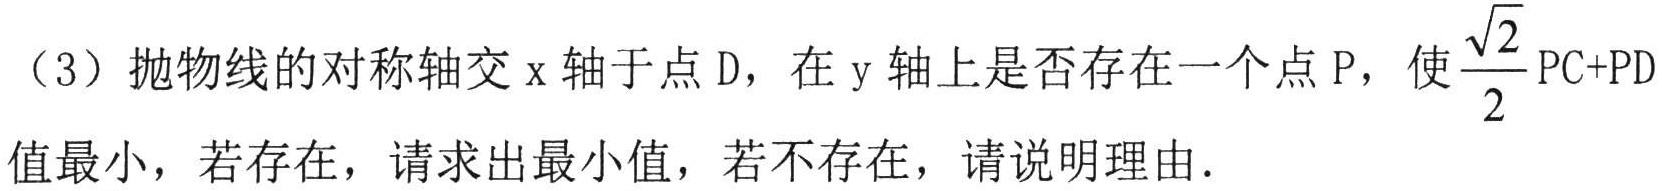
（3）抛物线的对称轴交\(x\)轴于点\(D\)，在\(y\)轴上是否存在一个点\(P\)，使\(\frac{\sqrt{2}}{2}PC + PD\)值最小，若存在，请求出最小值，若不存在，请说明理由.